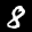
Label: 8